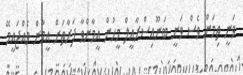
ވަނީ ތިމަން ވެސް ވަނީ ބަނޫއިސްރާއީލް މީހުން އީމާންވާ ފަރާތަށް އީމާން ވެއްޖައީމޭ